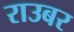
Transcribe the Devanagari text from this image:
राउबर